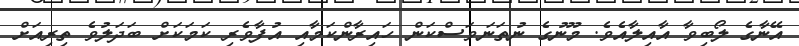
އޭނާގެ ލޯބިވާ އާއިލާއެވެ. މޫނުގެ ނުތަނަވަސްކަން ހައިރާންކަމާއި އުފާވެރި ކަމަކަށް ބަދަލުވެ ތިރިއަށް